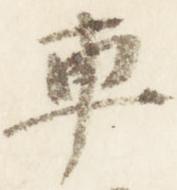
車